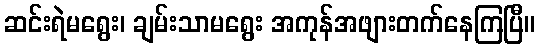
ဆင်းရဲမရွေး၊ ချမ်းသာမရွေး အကုန်အဖျားတက်နေကြပြီ။